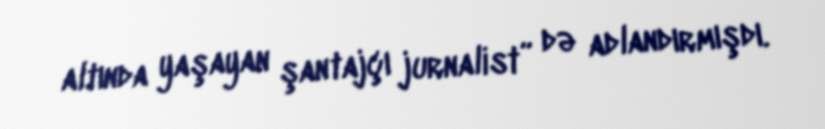
altında yaşayan şantajçı jurnalist” də adlandırmışdı.